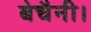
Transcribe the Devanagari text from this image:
बेचैनी।